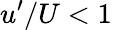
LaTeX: u^{\prime}/U<1\